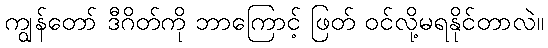
ကျွန်တော် ဒီဂိတ်ကို ဘာကြောင့် ဖြတ် ဝင်လို့မရနိုင်တာလဲ။